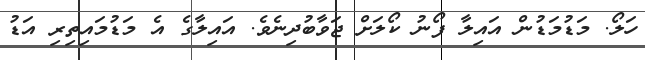
ހަލޯ. މަޑުމަޑުން އައިލާ ފޯނު ކޯލަށް ޖަވާބުދިނެވެ. އައިލާގެ އެ މަޑުމައިތިރި އަޑު